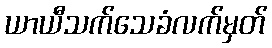
ယာယီသက်သေခံလက်မှတ်